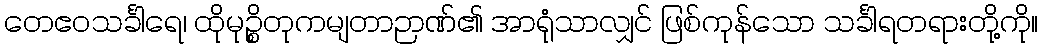
တေဧဝသင်္ခါရေ၊ ထိုမုဉ္စိတုကမျတာဉာဏ်၏ အာရုံသာလျှင် ဖြစ်ကုန်သော သင်္ခါရတရားတို့ကို။